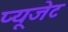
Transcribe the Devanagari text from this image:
प्यूजेट